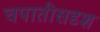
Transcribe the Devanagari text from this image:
चपातीसदृश